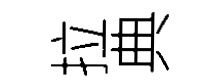
拉典